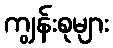
ကျွန်းစုများ